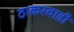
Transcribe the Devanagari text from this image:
ठाकरवाडी